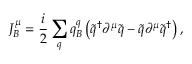
J _ { B } ^ { \mu } = \frac { i } { 2 } \sum _ { q } q _ { B } ^ { q } \left( \widetilde { q } ^ { \dagger } \partial ^ { \mu } \widetilde { q } - \widetilde { q } \partial ^ { \mu } \widetilde { q } ^ { \dagger } \right) ,